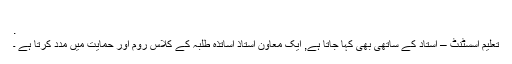
.
تعلیم اسسٹنٹ – استاد کے ساتھی بھی کہا جاتا ہے, ایک معاون استاذ اساتذہ طلبہ کے کلاس روم اور حمایت میں مدد کرتا ہے ۔